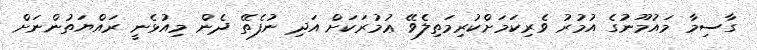
ގާސިމާ މައުމޫނުގެ އުމުރު ވެރިކަމަށްކުރިމަތިލެވޭ ޢުމުރަކަށް އަދި ނުފެތޭ ދެން މިއުޅެނީ ރައްޔަތުންނަށް